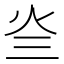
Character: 𤆜